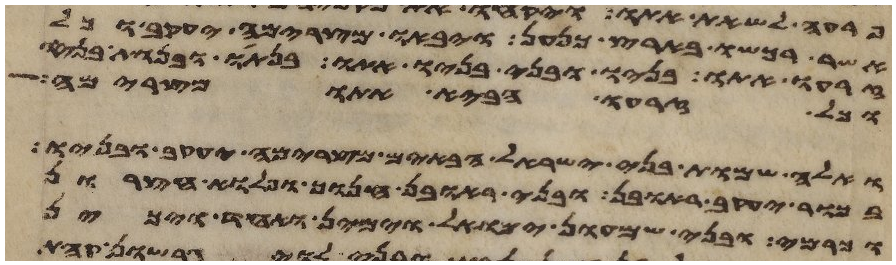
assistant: אשר רכשו בארץ כנען ויבאו מצרימה יעקב וכל
זרעו אתו בניו ובני בניו אתו בנתיו ובנות בניו
וכל זרעו הביא אתו מצרימה
ואלה שמות בני ישראל הבאים מצרימה יעקב ובניו
בכור יעקב ראובן ובני ראובן חנוך ופלוא חצרון
וכרמי ובני שמעון ימואל וימין ואחד ויכין